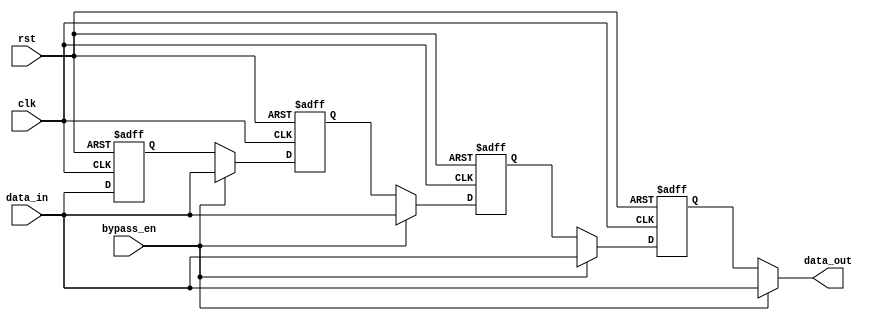
module BypassRegister (
    input wire clk,
    input wire rst,
    input wire bypass_en,
    input wire [3:0] data_in,
    output wire [3:0] data_out
);

reg [3:0] reg1, reg2, reg3, reg4;

always @(posedge clk or posedge rst) begin
    if (rst) begin
        reg1 <= 4'b0;
        reg2 <= 4'b0;
        reg3 <= 4'b0;
        reg4 <= 4'b0;
    end else begin
        if (bypass_en) begin
            reg1 <= data_in;
            reg2 <= data_in;
            reg3 <= data_in;
            reg4 <= data_in;
        end else begin
            reg1 <= data_in;
            reg2 <= reg1;
            reg3 <= reg2;
            reg4 <= reg3;
        end
    end
end

assign data_out = (bypass_en) ? data_in : reg4;

endmodule